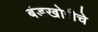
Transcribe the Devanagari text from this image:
बंडखोरीचे